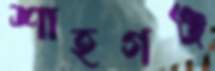
শাহগঞ্জ